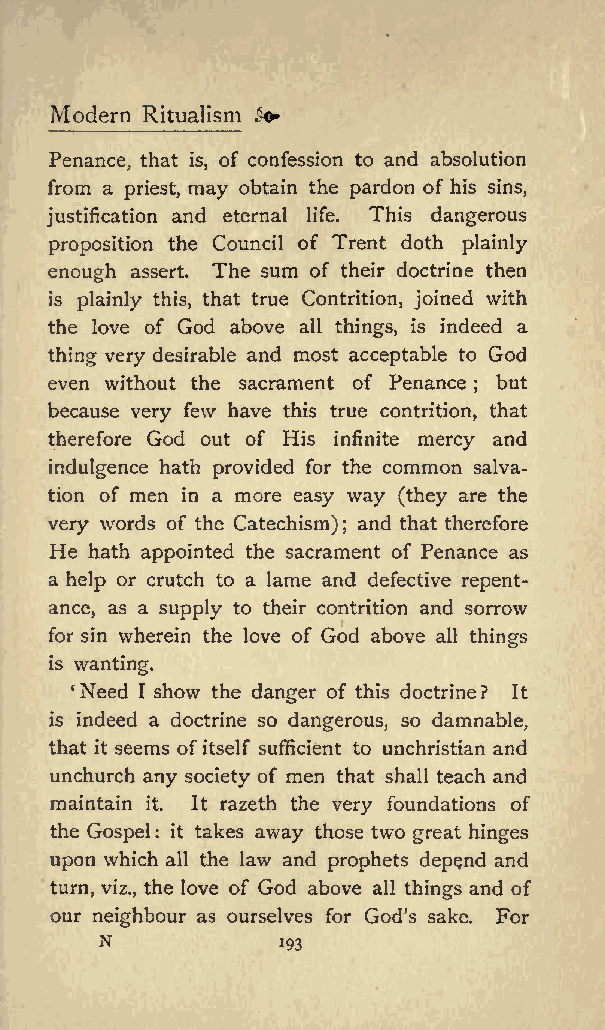
Modern Ritualism
 3&amp;lt;*
 Penance, that is, of confession to and absolution
 from a priest, may obtain the pardon of his sins,
 justification and eternal life. This dangerous
 proposition the Council of Trent doth plainly
 enough assert. The sum of their doctrine then
 is plainly this, that true Contrition, joined with
 the love of God above all things, is indeed a
 thing very desirable and most acceptable to God
 even without the sacrament of Penance but
 ;
 because very few have this true contrition, that
 therefore God out of His infinite mercy and
 indulgence hath provided for the common salva
 tion of men in a more easy way (they are the
 very words of the Catechism) and that therefore
 ;
 He hath appointed the sacrament of Penance as
 a help or crutch to a lame and defective repent
 ance, as a supply to their contrition and sorrow
 for sin wherein the love of God above all things
 is wanting.
 Need I show the danger of this doctrine? It
 is indeed a doctrine so dangerous, so damnable,
 that it seems ofitself sufficient to unchristian and
 unchurch any society of men that shall teach and
 maintain it. It razeth the very foundations of
 the Gospel: it takes away those two great hinges
 upon which all the law and prophets depend and
 turn, viz., the love of God above all things and of
 our neighbour as ourselves for God s sake. For
 N
 193